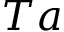
T a